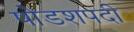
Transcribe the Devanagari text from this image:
षोडशपदी